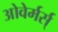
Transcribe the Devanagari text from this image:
ओवेर्मर्स्